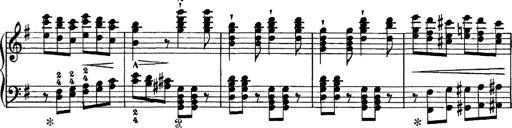
Title: Tarantelle di bravura dâ€™aprÃ¨s la tarantelle de La muette de Portici
Composer: Franz Liszt